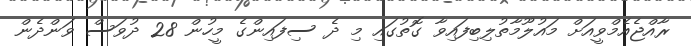
ރާއްޖެއެމްވީއަށް މައުލޫމާތުލިބިފައިވާ ގޮތުގައި މި ދެ ސިފައިންގެ މީހުން 28 ދުވަސް ވަންދެން